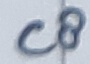
Text: C8